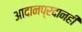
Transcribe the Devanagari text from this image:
आदानप्रदानही